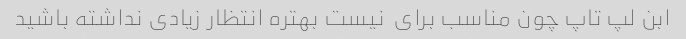
ابن لپ تاپ چون مناسب برای  نیست بهتره انتظار زیادی نداشته باشید